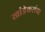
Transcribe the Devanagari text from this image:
खांडेकरांना